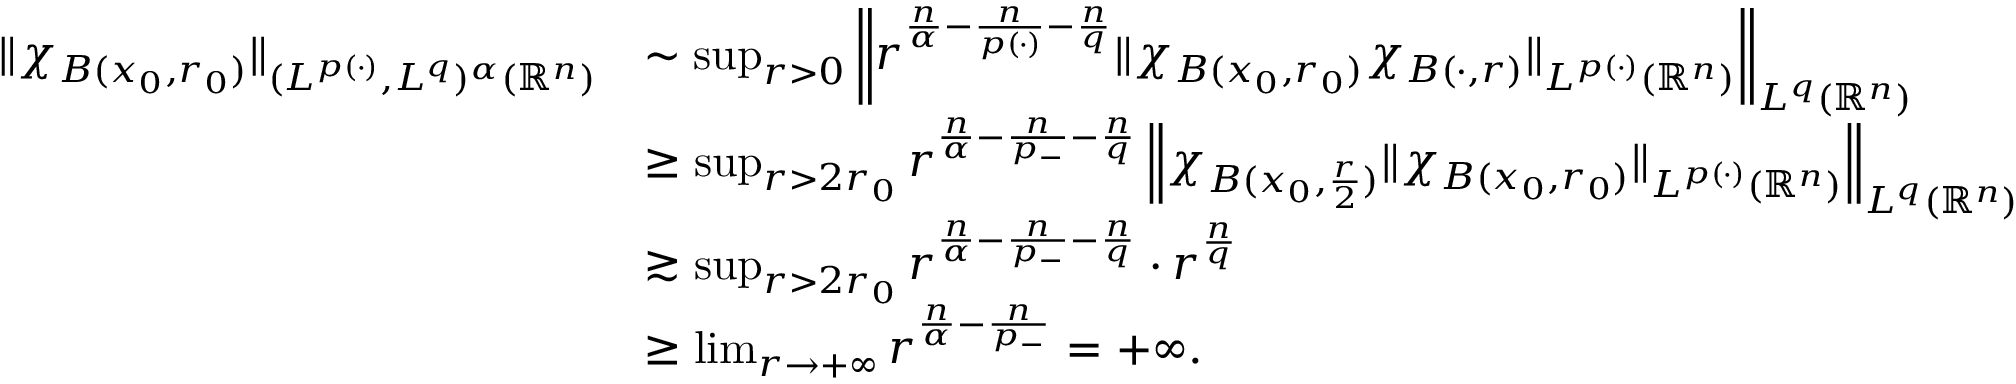
\begin{array} { r l } { \| \chi _ { B ( x _ { 0 } , r _ { 0 } ) } \| _ { ( L ^ { p ( \cdot ) } , L ^ { q } ) ^ { \alpha } ( \mathbb { R } ^ { n } ) } } & { \sim \operatorname* { s u p } _ { r > 0 } \left\| r ^ { \frac { n } { \alpha } - \frac { n } { p ( \cdot ) } - \frac { n } { q } } \| \chi _ { B ( x _ { 0 } , r _ { 0 } ) } \chi _ { B ( \cdot , r ) } \| _ { L ^ { p ( \cdot ) } ( \mathbb { R } ^ { n } ) } \right\| _ { L ^ { q } ( \mathbb { R } ^ { n } ) } } \\ & { \geq \operatorname* { s u p } _ { r > 2 r _ { 0 } } r ^ { \frac { n } { \alpha } - \frac { n } { p _ { - } } - \frac { n } { q } } \left\| \chi _ { B ( x _ { 0 } , \frac { r } { 2 } ) } \| \chi _ { B ( x _ { 0 } , r _ { 0 } ) } \| _ { L ^ { p ( \cdot ) } ( \mathbb { R } ^ { n } ) } \right\| _ { L ^ { q } ( \mathbb { R } ^ { n } ) } } \\ & { \gtrsim \operatorname* { s u p } _ { r > 2 r _ { 0 } } r ^ { \frac { n } { \alpha } - \frac { n } { p _ { - } } - \frac { n } { q } } \cdot r ^ { \frac { n } { q } } } \\ & { \geq \operatorname* { l i m } _ { r \rightarrow + \infty } r ^ { \frac { n } { \alpha } - \frac { n } { p _ { - } } } = + \infty . } \end{array}